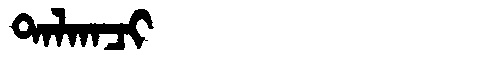
Manchu: ᡨᠠᠯᡴᠠᠴᡳ
Romanization: TALKACI